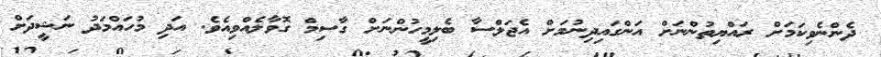
ދެންނެވިކަމަށް ރައްޔިތުންނަށް އަންގައިދިނުމަށް އެޖަލްސާ ބެލިމީހުންނަށް ގާސިމް ގޮވާލެއްވިއެވެ. އަދި މުހައްމަދު ނަޝީދަށް